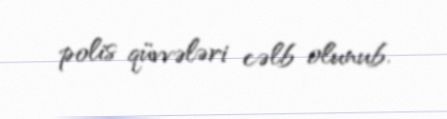
polis qüvvələri cəlb olunub.